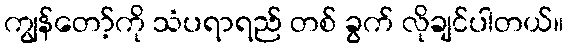
ကျွန်တော့်ကို သံပရာရည် တစ် ခွက် လိုချင်ပါတယ်။